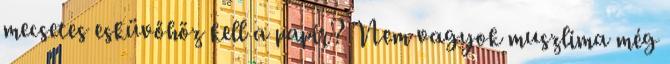
mecsetes esküvőhöz kell a papír? Nem vagyok muszlima még